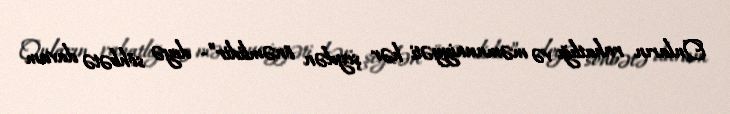
Onların rahatlığı və məmnuniyyəti hər şeydən önəmlidir”- deyə söhbətə davam